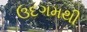
ઉદગમથી